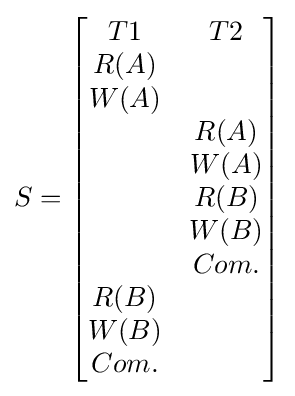
S={\begin{bmatrix}T1&T2\\R(A)&\\W(A)&\\&R(A)\\&W(A)\\&R(B)\\&W(B)\\&Com.\\R(B)&\\W(B)&\\Com.&\end{bmatrix}}